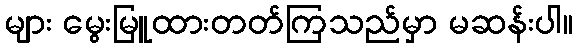
များ မွေးမြူထားတတ်ကြသည်မှာ မဆန်းပါ။